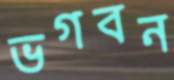
ভগবন